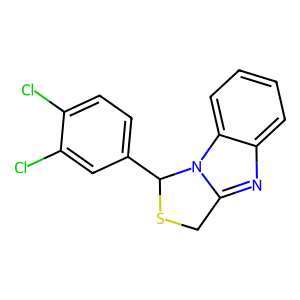
SMILES: Clc1ccc(C2SCc3nc4ccccc4n32)cc1Cl
Inhibits HIV replication: No